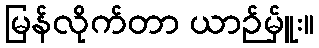
မြန်လိုက်တာ ယာဉ်မ်ှူး။